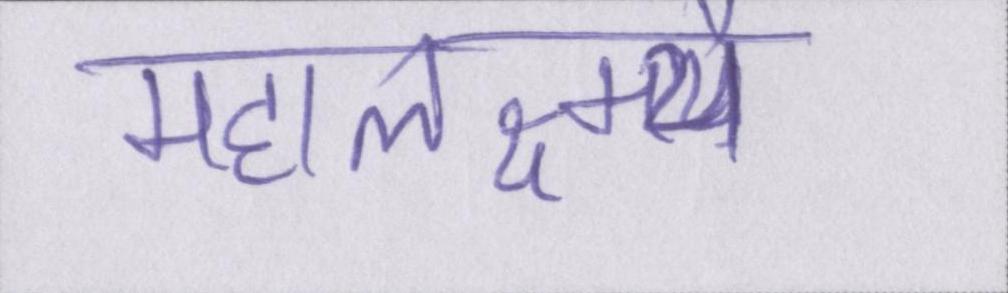
महालक्ष्म्यै